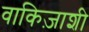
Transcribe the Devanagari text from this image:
वाकिज़ाशी